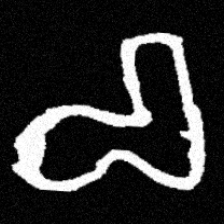
Pyu character \u2014 Myanmar letter: စ (romanized: ca)